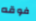
فوقه